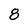
Character: 8